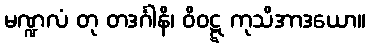
မဏ္ဍလံ တု တဒင်္ဂါနိ၊ ဝိဝဋ္ဋ ကုသိအာဒယော။